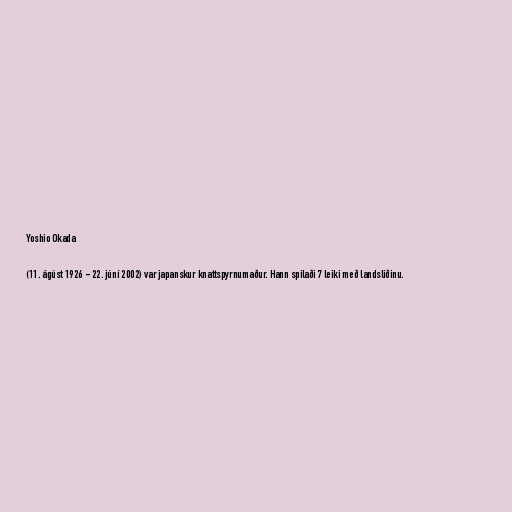
Yoshio Okada

(11. ágúst 1926 - 22. júní 2002) var japanskur knattspyrnumaður. Hann spilaði 7 leiki með landsliðinu.